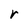
Character: r